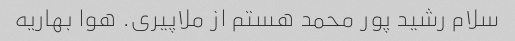
سلام رشید پور محمد هستم از ملاپیری. هوا بهاریه